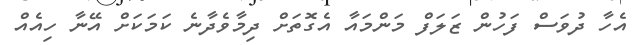
އެހާ ދުވަސް ފަހުން ޒަލަފް މަންމައާ އެގޮތަށް ދިމާވެދާނެ ކަމަކަށް އޭނާ ހިއެއް